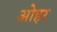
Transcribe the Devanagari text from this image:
ओहर